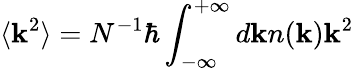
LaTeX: \langle\mathbf{k}^{2}\rangle=N^{-1}\hbar\int_{-\infty}^{+\infty}d\mathbf{k}n(\mathbf{k})\mathbf{k}^{2}